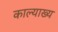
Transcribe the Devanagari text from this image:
काल्याख्य